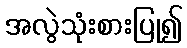
အလွဲသုံးစားပြု၍